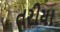
તરીયા